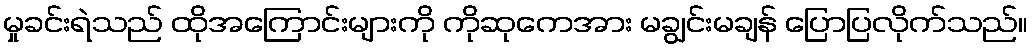
မှုခင်းရဲသည် ထိုအကြောင်းများကို ကိုဆုကေအား မချွင်းမချန် ပြောပြလိုက်သည်။